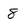
Character: 8